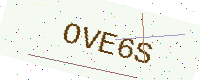
Text: OVE6S